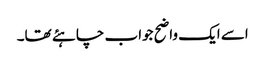
اسے ایک واضح جواب چاہئے تھا۔